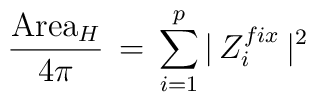
\frac{\mbox{Area}_H}{4 \pi} \, = \, \sum_{i=1}^{p} \vert \, Z_i^{fix} \,\vert^2